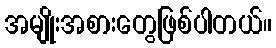
အမျိုးအစားတွေဖြစ်ပါတယ်။